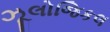
ઝૂલોજિકલ